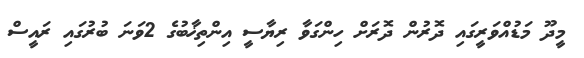
މީދޫ މަޑުއްވަރީގައި ދޮރުން ދޮރަށް ހިންގަވާ ރިޔާސީ އިންތިޚާބުގެ 2ވަނަ ބުރުގައި ރައީސް